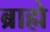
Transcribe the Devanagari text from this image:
ब्राह्मे